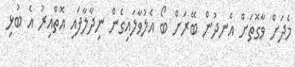
މެދަށް ވާގޮތަށް އެނދުން ބޭރަށް ބޯ އެލުވާލައިގެން ނިދާލާފައި އޮތްއިރު އެ ބުޅި